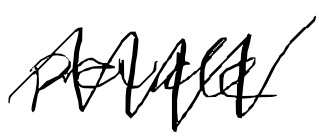
Text: provide
Cross-out: zig-zag
Writing tool: digital_black